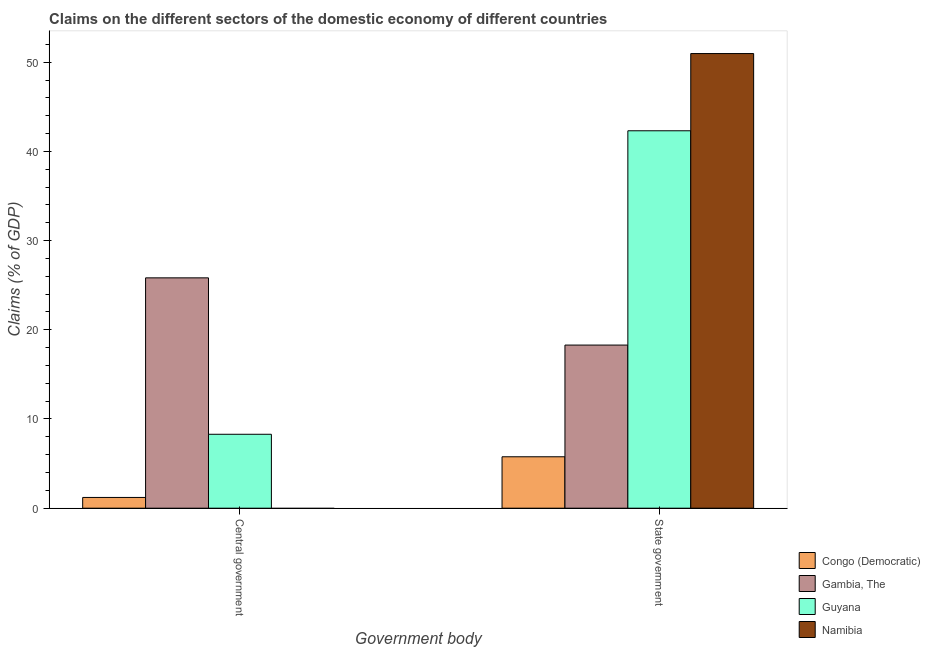
| Government body | Congo (Democratic) | Gambia, The | Guyana | Namibia |
 | --- | --- | --- | --- | --- |
 | Central government | 1.2 | 25.8 | 8.29 | -1.22 |
 | State government | 5.76 | 18.3 | 42.3 | 51 |